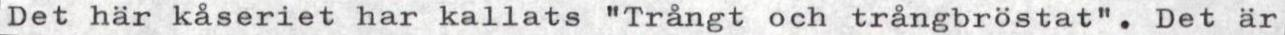
Det här kåseriet har kallats "Trångt och trångbröstat". Det är